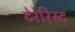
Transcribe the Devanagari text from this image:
टेरेरिस्ट